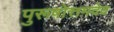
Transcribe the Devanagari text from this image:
पुरूषोत्तमदेव